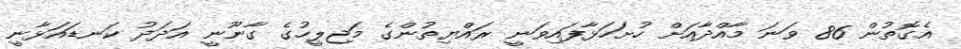
އެގޮތުން 86 ވަނަ މާއްދާއަށް ހުށަހަޅާފައިވަނީ ރައްޔިތުންގެ މަޖިލީހުގެ ގާނޫނީ އަދަދު ކަނޑައަޅާނީ